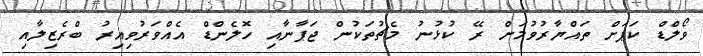
ވޯލްޑް ކަޕަށް ތައްޔާރުވުމަށް ރޭ ކުޅުނު މެޗުތަކުން ޖަޕާނާއި ހޮލެންޑް އެއްވަރުވިއިރު ބްރެޒިލާއި